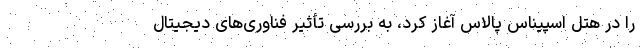
را در هتل اسپیناس پالاس آغاز کرد، به بررسی تأثیر فناوری‌های دیجیتال